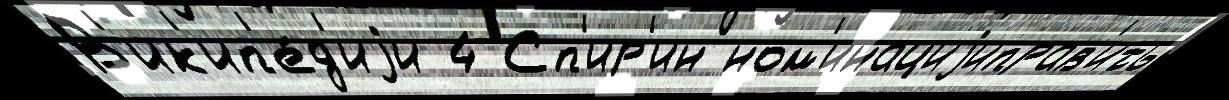
В'ик'ип'е́д'иjи 4 Сп'ир'ин ном'инациjиправ'ить